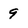
Character: 9